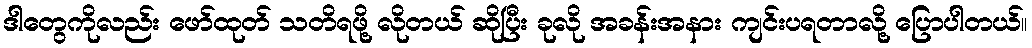
ဒါတွေကိုလည်း ဖော်ထုတ် သတိရဖို့ လိုတယ် ဆိုပြီး ခုလို အခန်းအနား ကျင်းပရတာလို့ ပြောပါတယ်။